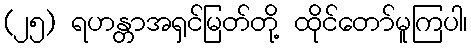
(၂၅) ရဟန္တာအရှင်မြတ်တို့ ထိုင်တော်မူကြပါ၊